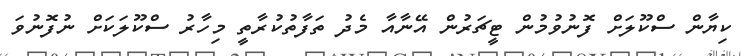
ކިޔާން ސްކޫލަށް ފޮނުވުމުން ޓީޗަރުން އޭނާއާ މެދު ތަފާތުކުރާތީ މިހާރު ސްކޫލަކަށް ނުފޮނުވަ